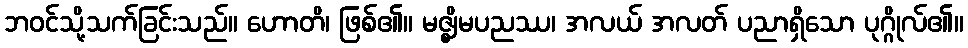
ဘဝင်သို့သက်ခြင်းသည်။ ဟောတိ၊ ဖြစ်၏။ မဇ္ဈိမပညဿ၊ အလယ် အလတ် ပညာရှိသော ပုဂ္ဂိုလ်၏။